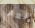
نعم